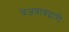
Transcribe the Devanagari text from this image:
बेजबाबदारी